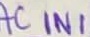
Text: AC_IN1